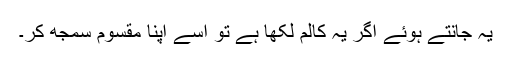
یہ جانتے ہوئے اگر یہ کالم لکھا ہے تو اسے اپنا مقسوم سمجھ کر۔